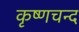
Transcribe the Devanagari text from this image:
कृष्णचन्द